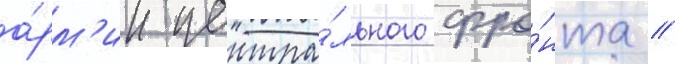
а́рм'ии центра́льного фро́нта //